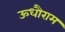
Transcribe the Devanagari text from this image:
ऊधौराम